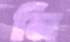
নি